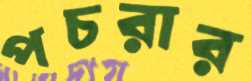
পচরার